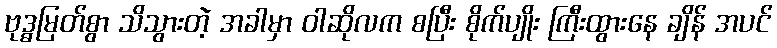
ဗုဒ္ဓမြတ်စွာ သိသွားတဲ့ အခါမှာ ဝါဆိုလက စပြီး စိုက်ပျိုး ကြီးထွားနေ ချိန် အပင်